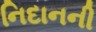
નિદાનની